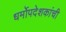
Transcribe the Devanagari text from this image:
धर्मोपदेशकांची